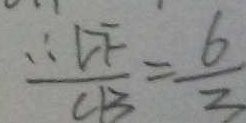
\therefore \frac { D F } { C B } = \frac { 6 } { 3 }